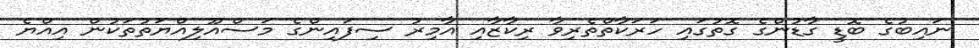
ނައިބުގެ ބޮޑީ ގާޑުންގެ ގޮތުގައި ހަރަކާތްތެރިވާ ރިކާޒާއި އާމިރު ސިފައިންގެ މަސްއޫލިއްޔަތުތަކުން އިއްޔެ